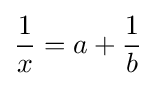
{\frac {1}{x}}=a+{\frac {1}{b}}